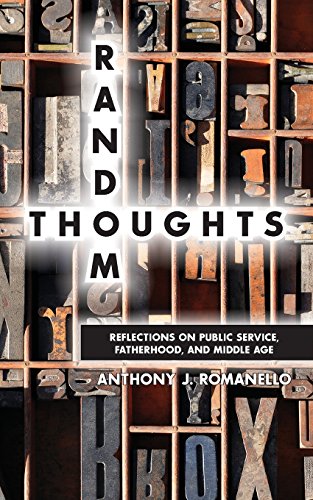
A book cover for Random Thoughts : EE Reflections on Public Service, Fatherhood and Middle Age; Anthony J. Romanello; Self-Help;